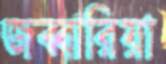
জব্বারিয়া